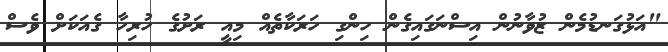
"އަޅުގަނޑުމެން ޒުވާނުން އިސްނަގައިގެން ހިންގި ހަރަކާތެއް މިއީ ރަށުގެ ހުރިހާ ގެއަކަށް ވެސް